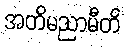
အတိမညာမီတိ